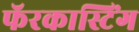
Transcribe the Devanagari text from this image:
फॅरकास्टिंग